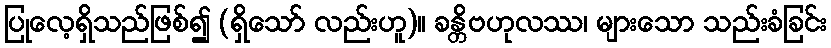
ပြုလေ့ရှိသည်ဖြစ်၍ (ရှိသော် လည်းဟူ)။ ခန္တိဗဟုလဿ၊ များသော သည်းခံခြင်း